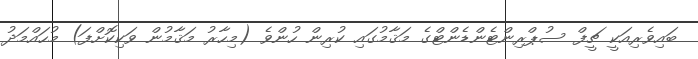
ބައިވެރިއަކީ ޗީފް ސުޕްރިންޓެންޑެންޓްގެ މަޤާމުގައި ކުރިން ހުންވެ (މިހާރު މަޤާމުން ވަކިކޮށްފަ) މުހައްމަދު